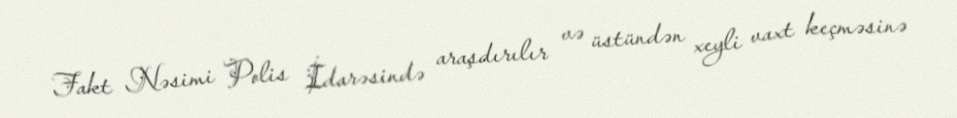
Fakt Nəsimi Polis İdarəsində araşdırılır və üstündən xeyli vaxt keçməsinə